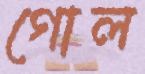
গোল